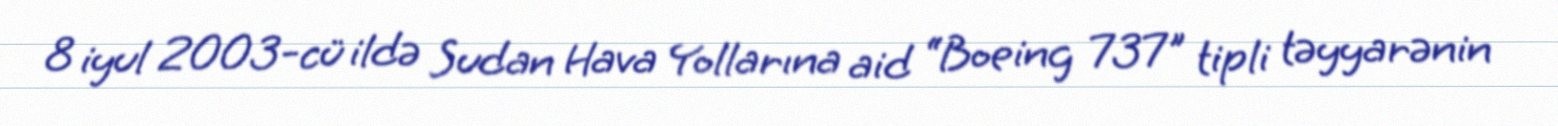
8 iyul 2003-cü ildə Sudan Hava Yollarına aid “Boeing 737" tipli təyyarənin